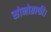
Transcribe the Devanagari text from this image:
सोनोग्राफी।